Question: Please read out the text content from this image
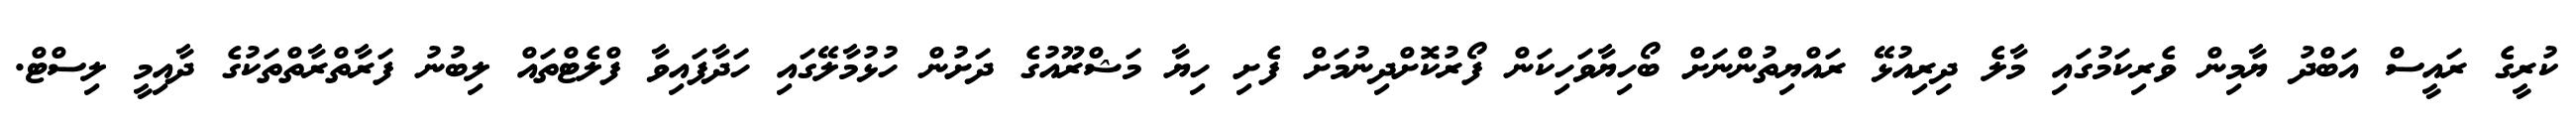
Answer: ކުރީގެ ރައީސް އަބްދު ޔާމިން ވެރިކަމުގައި މާލެ ދިރިއުޅޭ ރައްޔިތުންނަށް ބޯހިޔާވަހިކަން ފޯރުކޮށްދިނުމަށް ފެށި ހިޔާ މަޝްރޫއުގެ ދަށުން ހުޅުމާލޭގައި ހަދާފައިވާ ފްލެޓްތައް ލިބުނު ފަރާތްރާތްތަކުގެ ދާއިމީ ލިސްޓް.